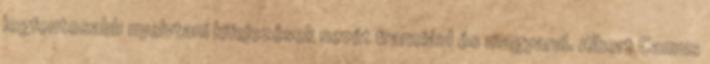
legfontosabb nyelvtani kifejezések nevét franciául és magyarul. Albert Camus